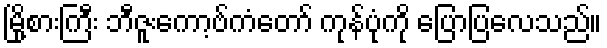
မြို့စားကြီး ဘီဇူးကော့ဗ်ကံတော် ကုန်ပုံကို ပြောပြလေသည်။